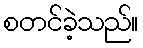
စတင်ခဲ့သည်။